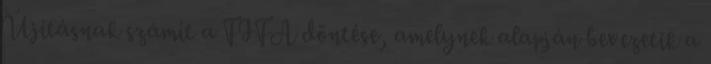
Újításnak számít a FIFA döntése, amelynek alapján bevezetik a